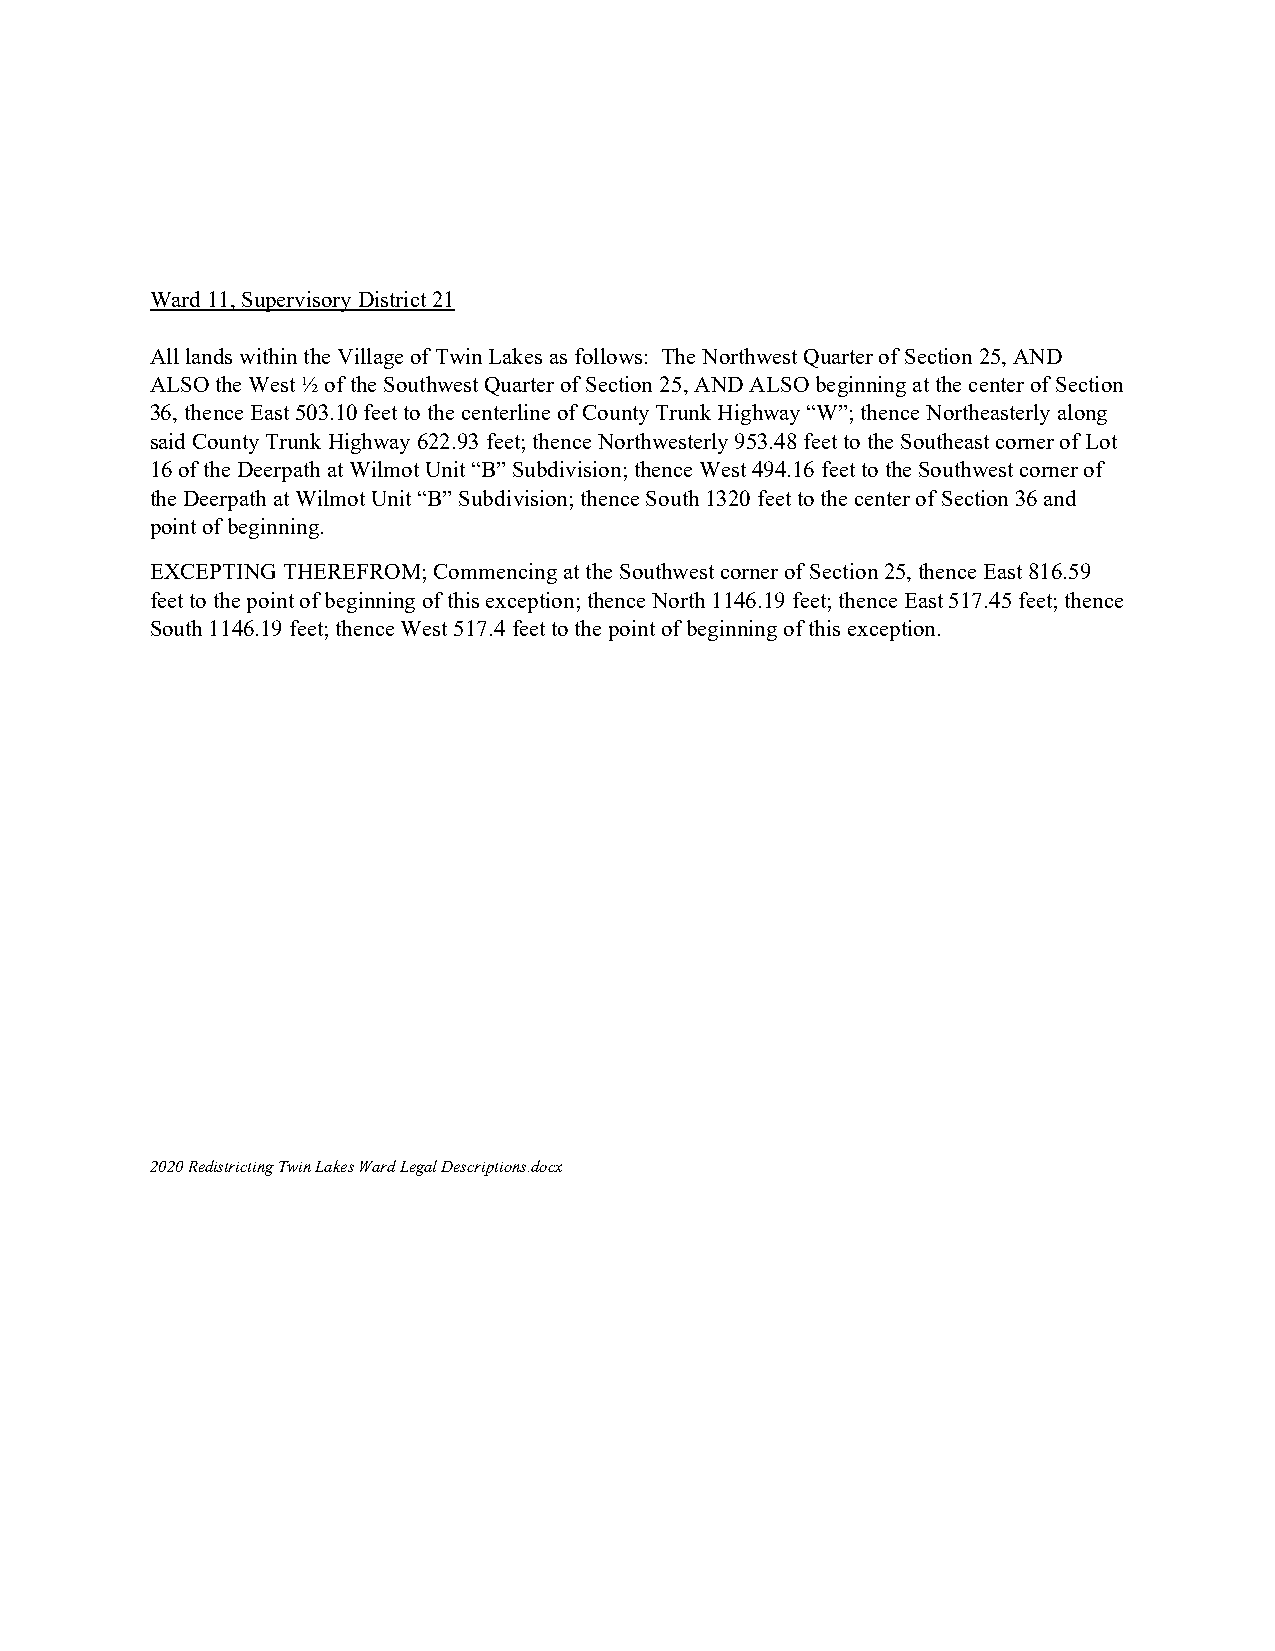
Ward 11, Supervisory District 21
 All lands within the Village of Twin Lakes as follows: The Northwest Quarter of Section 25, AND
 ALSO the West ½ of the Southwest Quarter of Section 25, AND ALSO beginning at the center of Section
 36, thence East 503.10 feet to the centerline of County Trunk Highway “W”; thence Northeasterly along
 said County Trunk Highway 622.93 feet; thence Northwesterly 953.48 feet to the Southeast corner of Lot
 16 of the Deerpath at Wilmot Unit “B” Subdivision; thence West 494.16 feet to the Southwest corner of
 the Deerpath at Wilmot Unit “B” Subdivision; thence South 1320 feet to the center of Section 36 and
 point of beginning.
 EXCEPTING THEREFROM; Commencing at the Southwest corner of Section 25, thence East 816.59
 feet to the point of beginning of this exception; thence North 1146.19 feet; thence East 517.45 feet; thence
 South 1146.19 feet; thence West 517.4 feet to the point of beginning of this exception.
 2020 Redistricting Twin Lakes Ward Legal Descriptions.docx